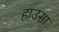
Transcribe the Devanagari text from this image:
हाउसा